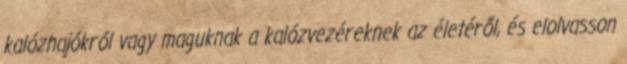
kalózhajókról vagy maguknak a kalózvezéreknek az életéről, és elolvasson